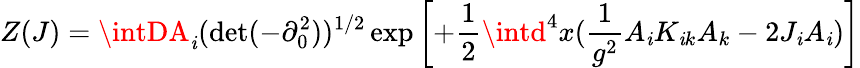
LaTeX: Z(J)=\intDA_{\mathit{i}}(\operatorname*{det}(-\partial_{0}^{2}))^{1/2}\exp\left[+\frac{{1}}{{2}}\intd^{4}x(\frac{{1}}{{g^{2}}}A_{\mathit{i}}K_{\mathit{i}k}A_{k}-2J_{\mathit{i}}A_{\mathit{i}})\right]